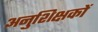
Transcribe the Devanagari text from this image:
अनुशिक्षकों